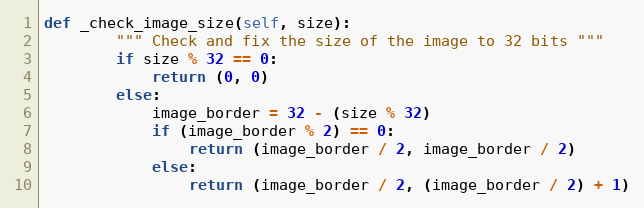
Language: Python
def _check_image_size(self, size):
        """ Check and fix the size of the image to 32 bits """
        if size % 32 == 0:
            return (0, 0)
        else:
            image_border = 32 - (size % 32)
            if (image_border % 2) == 0:
                return (image_border / 2, image_border / 2)
            else:
                return (image_border / 2, (image_border / 2) + 1)